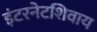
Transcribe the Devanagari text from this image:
इंटरनेटशिवाय